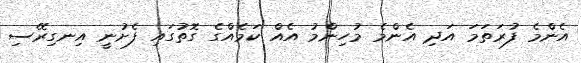
އެންމެ ފުރަތަމަ އަދި އެންމެ މުހިންމު އެއް ކަމެއްގެ ގޮތުގައި ފެށުނީ އިނގިރޭސި